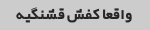
واقعا کفش قشنگیه